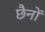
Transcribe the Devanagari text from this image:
छैनों